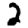
Digit: 2